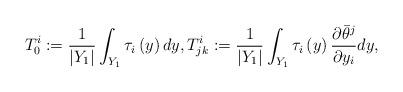
LaTeX: \begin{align*}T_{0}^{i}:=\frac{1}{\left|Y_{1}\right|}\int_{Y_{1}}\tau_{i}\left(y\right)dy,T_{jk}^{i}:=\frac{1}{\left|Y_{1}\right|}\int_{Y_{1}}\tau_{i}\left(y\right)\frac{\partial\bar{\theta}^{j}}{\partial y_{i}}dy,\end{align*}